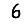
Digit: 6